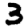
Digit: 3